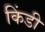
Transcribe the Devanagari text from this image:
किंडी